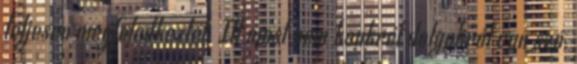
teljesen megfeledkeztél. Itt most nem konkrét dolgokról van szó,